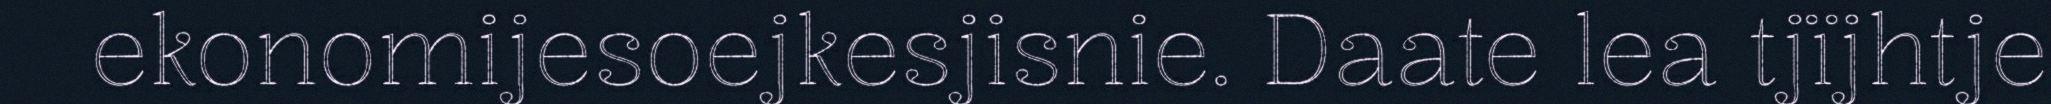
ekonomijesoejkesjisnie. Daate lea tjïjhtje